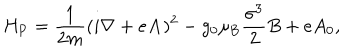
H _ { \mathrm { P } } = \frac { 1 } { 2 m } ( i { \bf \nabla } + e { \bf A } ) ^ { 2 } - g _ { 0 } \mu _ { \mathrm { B } } \frac { \sigma ^ { 3 } } { 2 } B + e A _ { 0 } ,